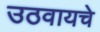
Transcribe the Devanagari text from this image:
उठवायचे